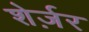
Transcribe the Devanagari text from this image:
शेर्ज़र